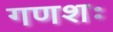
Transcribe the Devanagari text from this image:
गणशः